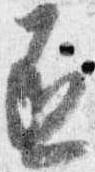
丞